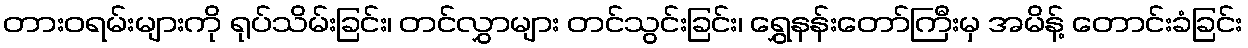
တားဝရမ်းများကို ရုပ်သိမ်းခြင်း၊ တင်လွှာများ တင်သွင်းခြင်း၊ ရွှေနန်းတော်ကြီးမှ အမိန့် တောင်းခံခြင်း